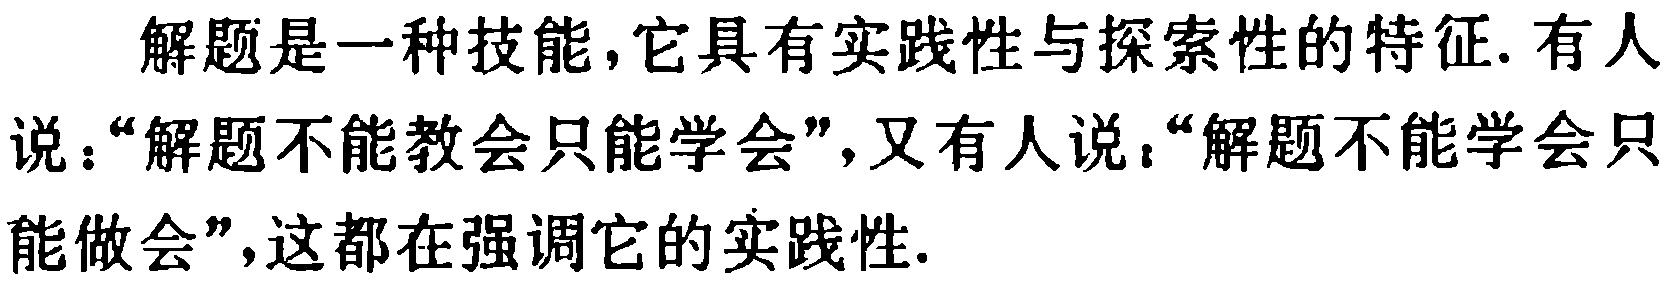
解题是一种技能,它具有实践性与探索性的特征. 有人说：“解题不能教会只能学会”,又有人说：“解题不能学会只能做会”,这都在强调它的实践性.